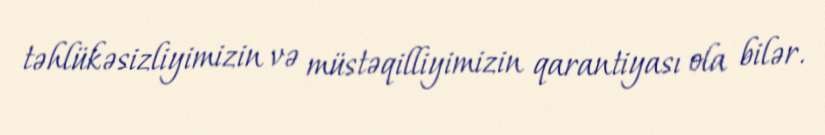
təhlükəsizliyimizin və müstəqilliyimizin qarantiyası ola bilər.